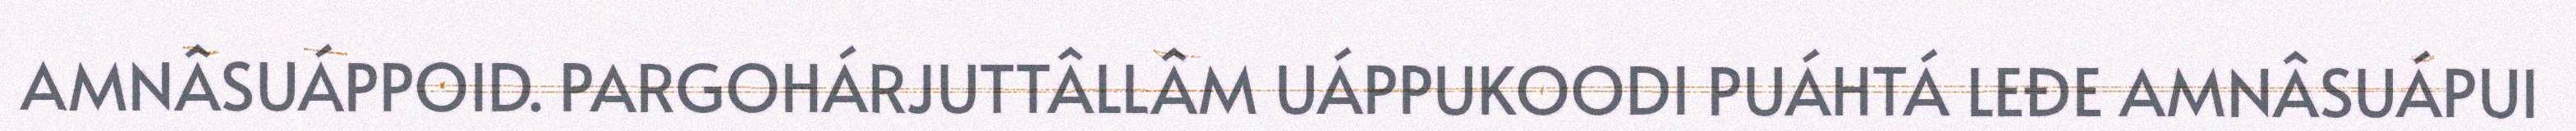
AMNÂSUÁPPOID. PARGOHÁRJUTTÂLLÂM UÁPPUKOODI PUÁHTÁ LEĐE AMNÂSUÁPUI